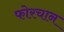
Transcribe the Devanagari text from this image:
फोरचान